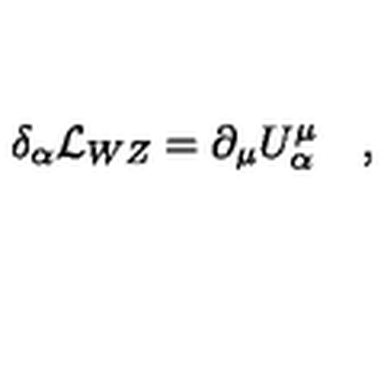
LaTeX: \delta _ { \alpha } { \cal L } _ { W Z } = \partial _ { \mu } U _ { \alpha } ^ { \mu } \quad ,